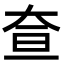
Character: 𡘍